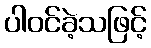
ပါဝင်ခဲ့သဖြင့်